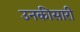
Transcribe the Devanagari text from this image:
उनकीसारी